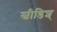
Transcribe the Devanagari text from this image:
स्वीडिश्